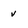
Character: v